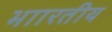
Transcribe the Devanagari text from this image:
भाारतीय